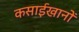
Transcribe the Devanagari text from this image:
कसाईखानों